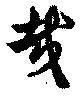
哉